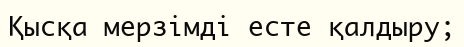
Қысқа мерзімді есте қалдыру;